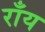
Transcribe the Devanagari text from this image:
राँय